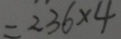
= 2 3 6 \times 4